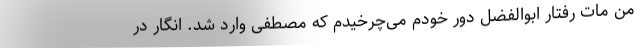
من مات رفتار ابوالفضل دور خودم می‌چرخیدم که مصطفی وارد شد. انگار در